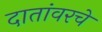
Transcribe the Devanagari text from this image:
दातांवरचे